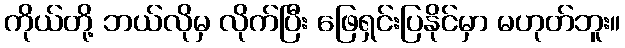
ကိုယ်တို့ ဘယ်လိုမှ လိုက်ပြီး ဖြေရှင်းပြနိုင်မှာ မဟုတ်ဘူး။